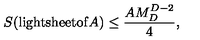
S ( \mathrm { l i g h t s h e e t o f } A ) \leq \frac { A M _ { D } ^ { D - 2 } } { 4 } ,